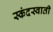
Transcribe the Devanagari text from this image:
स्कंदस्वाती